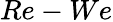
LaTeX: Re-We